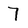
Character: 7